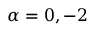
\alpha = 0 , - 2